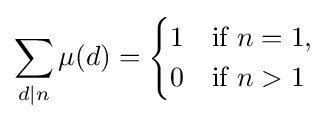
\sum _{d\mid n}\mu (d)={\begin{cases}1&{\text{if }}n=1,\\0&{\text{if }}n>1\end{cases}}